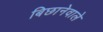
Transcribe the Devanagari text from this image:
बिछानेवाले